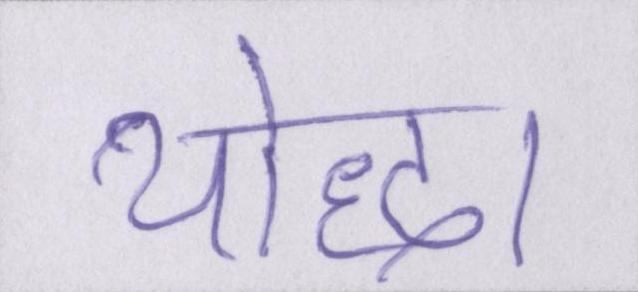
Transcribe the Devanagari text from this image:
योद्धा